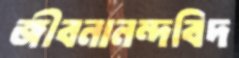
জীবনানন্দবিদ